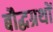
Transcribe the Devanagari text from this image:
बौद्धग्रथों